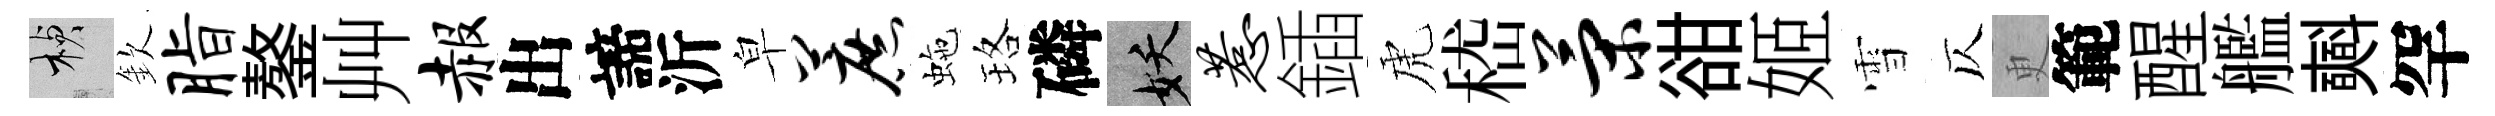
楨欽脂鏊艸赧出諦沂皁蔗虵珞磷妖惹鍤虎嵇策𧮳姬雪仄更範醒艦𣂏罕